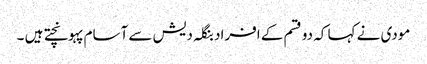
مودی نے کہا کہ دو قسم کے افراد بنگلہ دیش سے آسام پہونچتے ہیں ۔